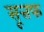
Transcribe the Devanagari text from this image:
सूत्तफ